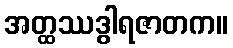
အတ္ထဿဒွါရဇာတက။